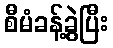
စီမံခန့်ခွဲပြီး